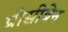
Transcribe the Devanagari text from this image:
प्रोसीबेन